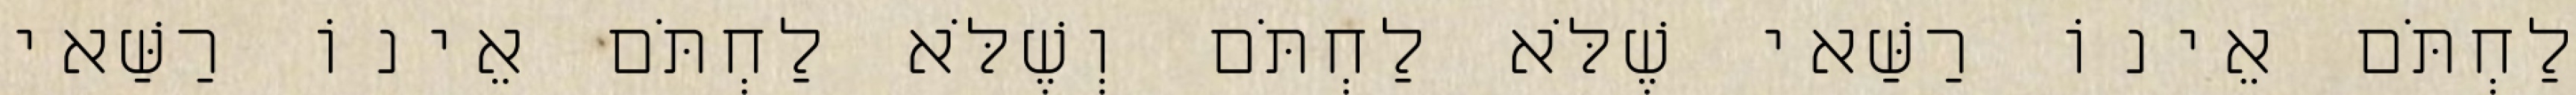
לַחְתֹּם אֵינוֹ רַשַּׁאי שֶׁלֹּא לַחְתֹּם וְשֶׁלֹּא לַחְתֹּם אֵינוֹ רַשַּׁאי